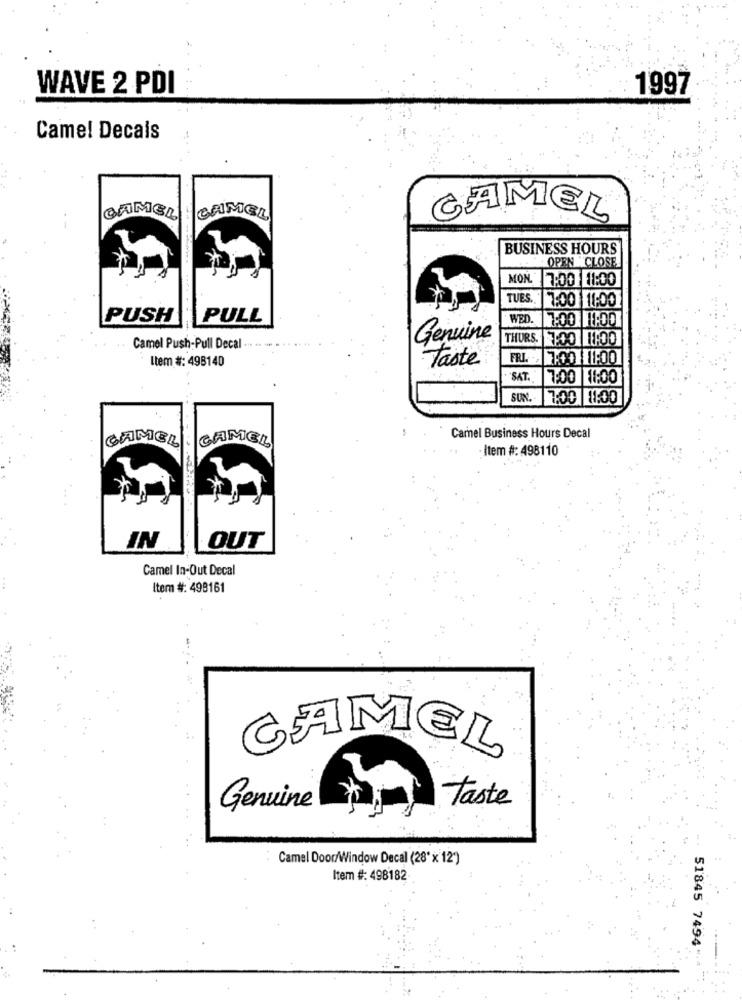
WAVE 2 PDI
1997
Camel Decals
CAMEL CAMEL
CAMEL
BUSINESS HOURS
OPEN "CLOSE
MON 7:00 11:00
TUES.
7:00 11:00
PUSH
PULL
WED.
7:00 1.OD
Genuine
THURS, TOO :00
Camel Push-Pull Decal
Item #: 498140
Taste
FRI 2 7:00 11:00
SAT.
7:00 11:00
SUN.
7:00 11:00
CAMEL
CAMEL
Camel Business Hours Decal
Item #: 498110
IN
OUT
Camel In-Out Decal
Item #: 498161
CAMEL
Taste
Genuine
Camel Door/Window Decal (28"x 12')
Item #: 498182
51845 7494 -